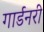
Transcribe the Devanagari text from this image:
गार्डनरी